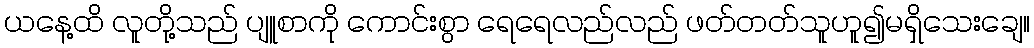
ယနေ့ထိ လူတို့သည် ပျူစာကို ကောင်းစွာ ရေရေလည်လည် ဖတ်တတ်သူဟူ၍မရှိသေးချေ။